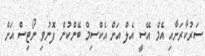
ސަރުކާރަށާއި އެމް އޭސީ އެލް އަށް އެކްސިމް ބޭންކުން ފޮނުވި ނޯޓިސް އަށް